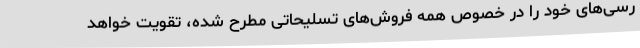
رسی‌های خود را در خصوص همه فروش‌های تسلیحاتی مطرح شده، تقویت خواهد